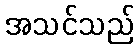
အသင်သည်